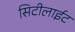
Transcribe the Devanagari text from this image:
सिटीलाईट